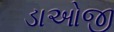
ડાઓજી